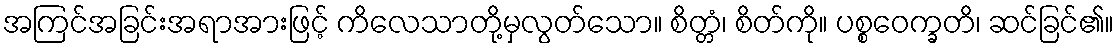
အကြင်အခြင်းအရာအားဖြင့် ကိလေသာတို့မှလွတ်သော။ စိတ္တံ၊ စိတ်ကို။ ပစ္စဝေက္ခတိ၊ ဆင်ခြင်၏။